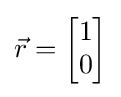
{\vec {r}}={\begin{bmatrix}1\\0\end{bmatrix}}